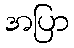
အပြာ